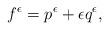
LaTeX: \begin{align*}f^{\epsilon} = p^{\epsilon} + \epsilon q^{\epsilon},\end{align*}